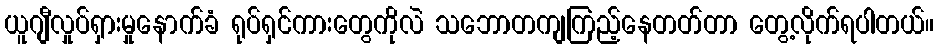
ယူဂျီလှုပ်ရှားမှုနောက်ခံ ရုပ်ရှင်ကားတွေကိုလဲ သဘောတကျကြည့်နေတတ်တာ တွေ့လိုက်ရပါတယ်။